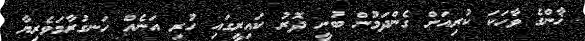
ޚާންގެ ވާހަކަ ކުރިއަށް ގެންދަމުން ބުނީ ދޮރު ކައިރީގައި ހުރި އަނެއް ހަނގުރާމަވެރިޔާ